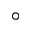
^ \circ